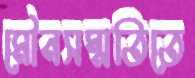
মৌনসম্মতিতে